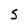
Character: S